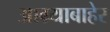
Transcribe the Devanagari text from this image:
आग्र्याबाहेर